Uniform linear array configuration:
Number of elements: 48
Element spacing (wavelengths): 0.5
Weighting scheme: cosine
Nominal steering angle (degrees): -30
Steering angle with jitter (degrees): -31.492
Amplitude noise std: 0.05
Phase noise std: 0.05

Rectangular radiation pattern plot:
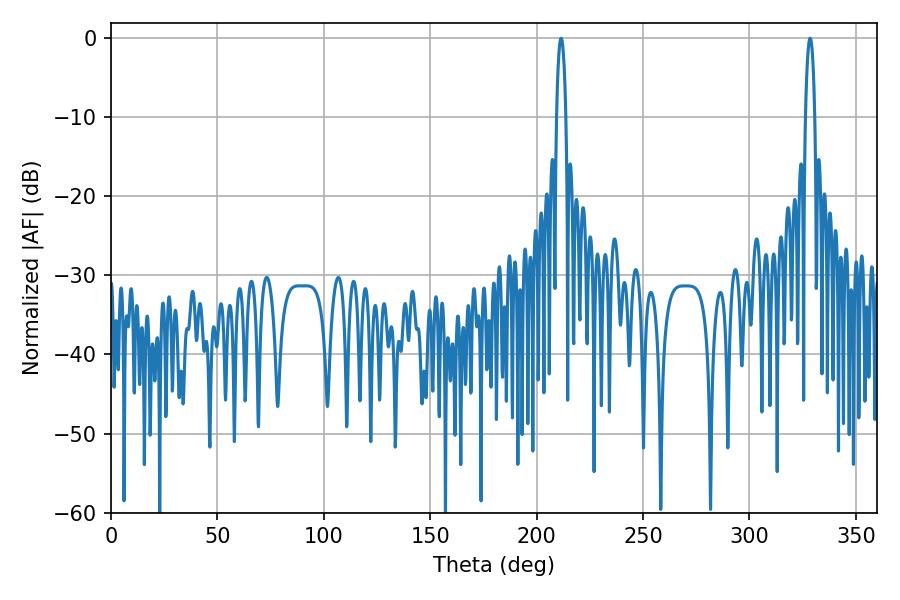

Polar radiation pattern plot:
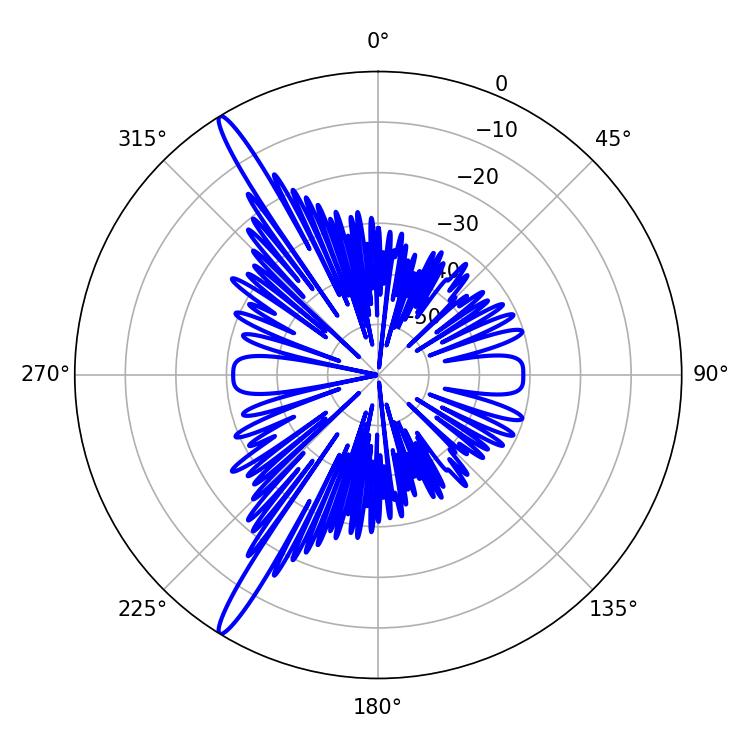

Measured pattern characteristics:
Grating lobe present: FALSE
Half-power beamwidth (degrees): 2.52
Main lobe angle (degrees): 211.5